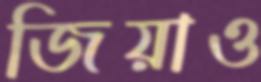
জিয়াও